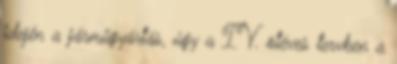
idején a járműgyártás, úgy a IV. ötéves tervben a